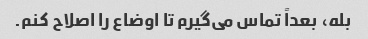
بله، بعداً تماس می‌گیرم تا اوضاع را اصلاح کنم.